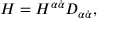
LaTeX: H = H ^ { \alpha \dot { \alpha } } D _ { \alpha \dot { \alpha } } ,